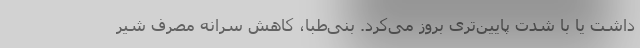
داشت یا با شدت پایین‌تری بروز می‌کرد. بنی‌طبا، کاهش سرانه مصرف شیر